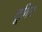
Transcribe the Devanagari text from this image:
टूबिन